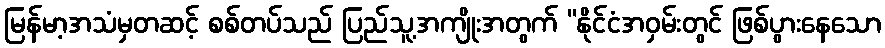
မြန်မာ့အသံမှတဆင့် စစ်တပ်သည် ပြည်သူ့အကျိုးအတွက် “နိုင်ငံအဝှမ်းတွင် ဖြစ်ပွားနေသော